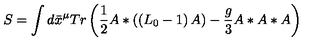
S = \int d \bar { x } ^ { \mu } T r \left( \frac { 1 } { 2 } A \ast \left( \left( L _ { 0 } - 1 \right) A \right) - \frac { g } { 3 } A \ast A \ast A \right)